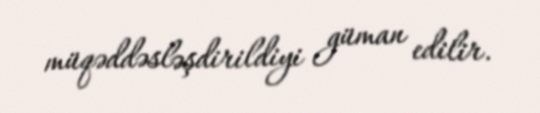
müqəddəsləşdirildiyi güman edilir.